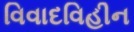
વિવાદવિહીન